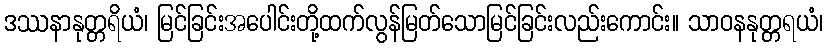
ဒဿနာနုတ္တရိယံ၊ မြင်ခြင်းအပေါင်းတို့ထက်လွန်မြတ်သောမြင်ခြင်းလည်းကောင်း။ သာဝနနုတ္တရယံ၊